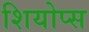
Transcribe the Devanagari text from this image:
शियोप्‍स